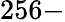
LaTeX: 256-